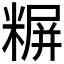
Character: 𬖪